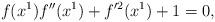
LaTeX: \begin{align*} f(x^1)f''(x^1)+f'^2(x^1)+1=0,\end{align*}